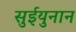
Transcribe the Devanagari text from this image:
सुईयुनान